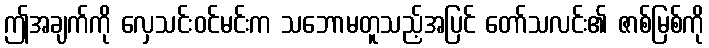
ဤအချက်ကို လှေသင်းဝင်မင်းက သဘောမတူသည့်အပြင် တော်သလင်း၏ ဇာစ်မြစ်ကို